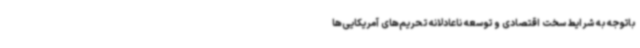
باتوجه به شرایط سخت اقتصادی و توسعه ناعادلانه تحریم‌های آمریکایی‌ها